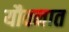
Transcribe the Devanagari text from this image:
यौवनात